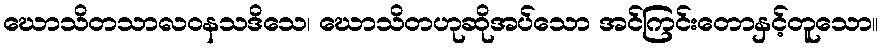
ဃောသိတသာလဝနသဒိသေ၊ ဃောသိတဟုဆိုအပ်သော အင်ကြင်းတောနှင့်တူသော။